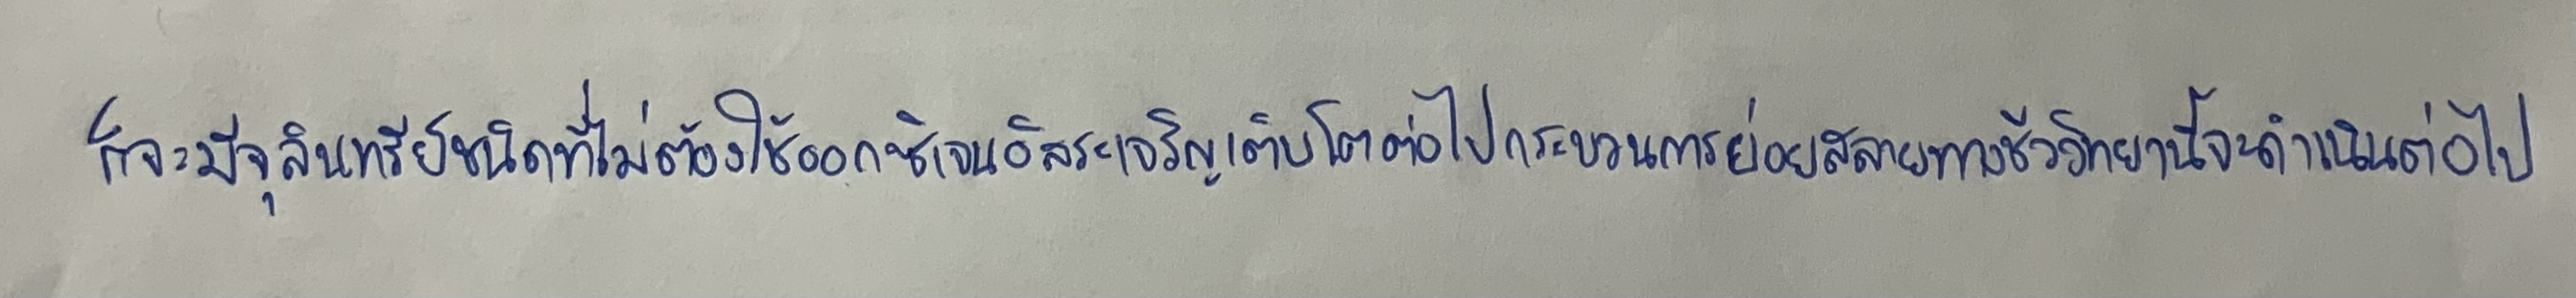
ก็จะมีจุลินทรีย์ชนิดที่ไม่ต้องใช้ออกซิเจนอิสระเจริญเติบโตต่อไปกระบวนการย่อยสลายทางชีววิทยานี้จะดำเนินต่อไป